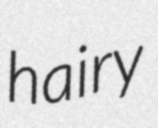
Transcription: hairy